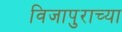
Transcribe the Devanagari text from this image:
विजापुराच्या